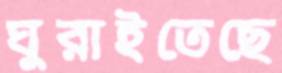
ঘুরাইতেছে